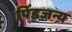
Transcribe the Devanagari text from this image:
पिंडजन्य